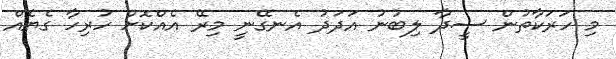
މި ހަރަކާތުން ސީދާ ލިބުނު އަދަދު އެނގޭނީ މިރޭ އެއްކޮށް ހުރިހާ ގެޔެއް